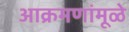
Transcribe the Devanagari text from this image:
आक्रमणांमूळे